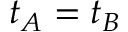
t _ { A } = t _ { B }